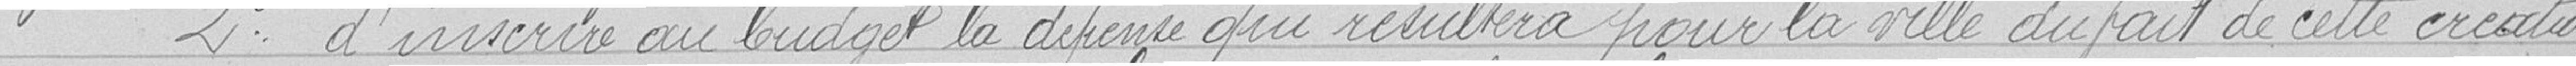
2° d'inscrire au budget la dépense qui résultera pour la ville du fait de cette création